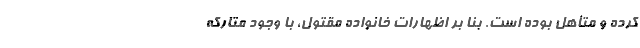
کرده و متأهل بوده است. بنا بر اظهارات خانواده مقتول، با وجود متارکه